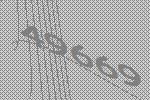
49669